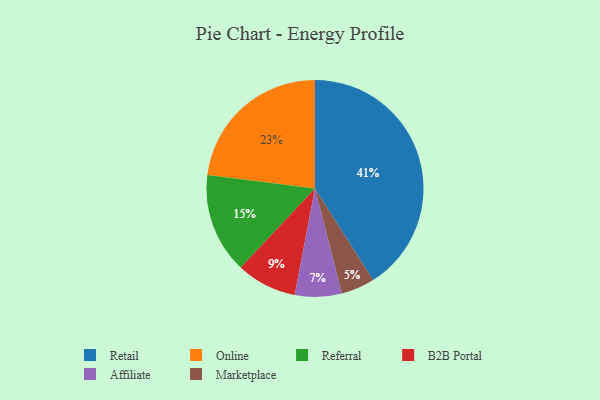
{"axis": {"x": "Category", "y": "Percentage"}, "legend": ["Affiliate", "B2B Portal", "Marketplace", "Online", "Referral", "Retail"], "data": [{"x": "B2B Portal", "y": 9, "type": "B2B Portal"}, {"x": "Referral", "y": 15, "type": "Referral"}, {"x": "Marketplace", "y": 5, "type": "Marketplace"}, {"x": "Affiliate", "y": 7, "type": "Affiliate"}, {"x": "Online", "y": 23, "type": "Online"}, {"x": "Retail", "y": 41, "type": "Retail"}]}